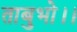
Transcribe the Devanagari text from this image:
ताबुभो।।